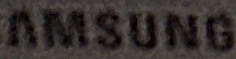
AMSUNG